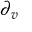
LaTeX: \partial _ { v } \,